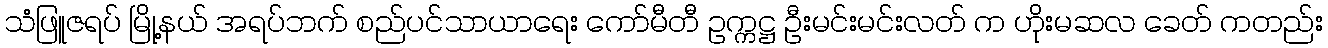
သံဖြူဇရပ် မြို့နယ် အရပ်ဘက် စည်ပင်သာယာရေး ကော်မီတီ ဥက္ကဋ္ဌ ဦးမင်းမင်းလတ် က ဟိုးမဆလ ခေတ် ကတည်း